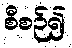
စီစဉ်၍